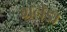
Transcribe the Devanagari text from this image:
ग्रनेडा